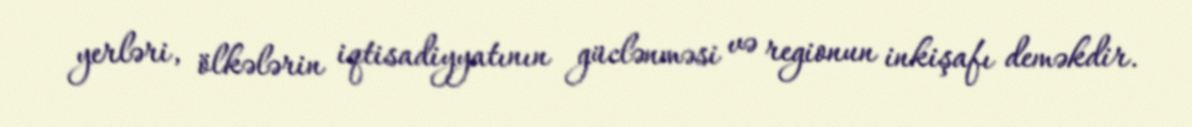
yerləri, ölkələrin iqtisadiyyatının güclənməsi və regionun inkişafı deməkdir.